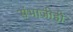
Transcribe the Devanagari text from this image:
संभाजीही